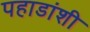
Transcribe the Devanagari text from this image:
पहाडांशी